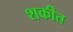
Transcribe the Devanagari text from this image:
शकीत